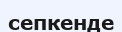
сепкенде